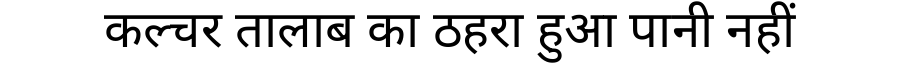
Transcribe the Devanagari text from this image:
कल्चर तालाब का ठहरा हुआ पानी नहीं